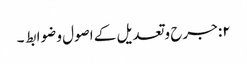
۲: جرح وتعدیل کے اصول و ضوابط ۔